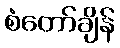
စံတော်ချိန်